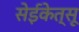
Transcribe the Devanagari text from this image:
सेईकेत्सू